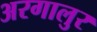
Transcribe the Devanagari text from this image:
अरगालुर